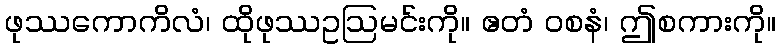
ဖုဿကောကိလံ၊ ထိုဖုဿဥဩမင်းကို။ ဧတံ ဝစနံ၊ ဤစကားကို။